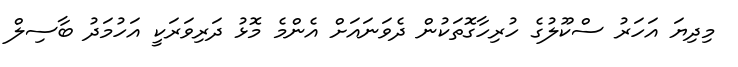
މިދިޔަ އަހަރު ސްކޫލުގެ ހުރިހާގޮތަކުން ދެވަނައަށް އެންމެ މޮޅު ދަރިވަރަކީ އަހުމަދު ބާސިލް